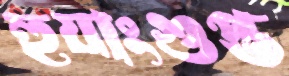
হুয়াংগুপ্ত